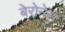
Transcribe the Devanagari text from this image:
बेरोनेस